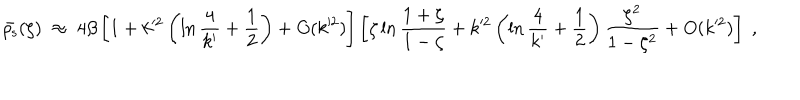
\bar { \rho _ { \mathrm { s } } } ( \zeta ) \; \approx \; 4 \beta \left[ 1 + k ^ { 2 } \left( \ln { \frac { 4 } { k ^ { \prime } } } + { \frac { 1 } { 2 } } \right) + O ( k ^ { 2 } ) \right] \left[ \zeta \ln { \frac { 1 + \zeta } { 1 - \zeta } } + k ^ { 2 } \left( \ln { \frac { 4 } { k ^ { \prime } } } + { \frac { 1 } { 2 } } \right) { \frac { \zeta ^ { 2 } } { 1 - \zeta ^ { 2 } } } + O ( k ^ { 2 } ) \right] \; ,